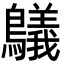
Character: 鸃